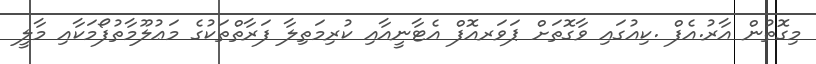
މިގޮތުން އާރު.އެފް .ކިއުގައި ވާގޮތަށް ޕަވަރއޮފް އެޓާނީއާއި ކުރިމަތިލާ ފަރާތްތަކުގެ މަޢުލޫމާތުފޯމަކާއި މާލީ